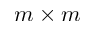
m \times m